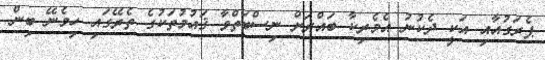
ޕެރަގުއާއި އަކީ ދެކުނު އެމެރިކާ ބައްރަށް ނިސްބަތްވާ ޤައުމުތަކުގެ ތެރޭގައި ހިމެނޭ ބިން